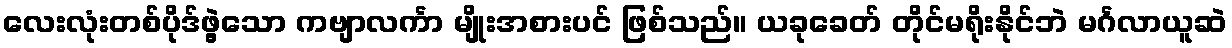
လေးလုံးတစ်ပိုဒ်ဖွဲ့သော ကဗျာလင်္ကာ မျိုးအစားပင် ဖြစ်သည်။ ယခုခေတ် တိုင်မရိုးနိုင်ဘဲ မင်္ဂလာယူဆဲ